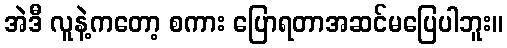
အဲဒီ လူနဲ့ကတော့ စကား ပြောရတာအဆင်မပြေပါဘူး။